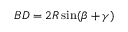
B D = 2 R \sin ( \beta + \gamma )